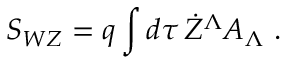
S _ { W Z } = q \int d \tau \, \dot { Z } ^ { \Lambda } A _ { \Lambda } \ .